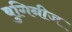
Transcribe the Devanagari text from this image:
बुगिनीज